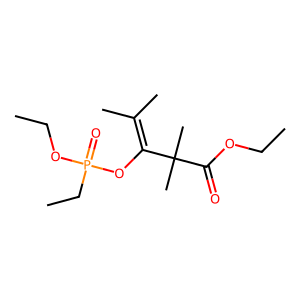
SMILES: CCOC(=O)C(C)(C)C(OP(=O)(CC)OCC)=C(C)C
Inhibits HIV replication: No